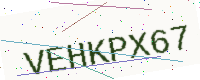
Text: VEHKPX67